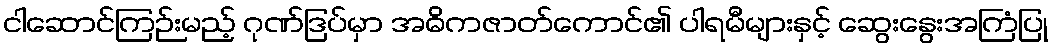
ငါဆောင်ကြဉ်းမည့် ဂုဏ်ဒြပ်မှာ အဓိကဇာတ်ကောင်၏ ပါရမီများနှင့် ဆွေးနွေးအကြံပြု